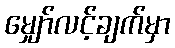
မျှော်လင့်ချက်မှာ